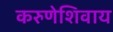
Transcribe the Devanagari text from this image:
करुणेशिवाय